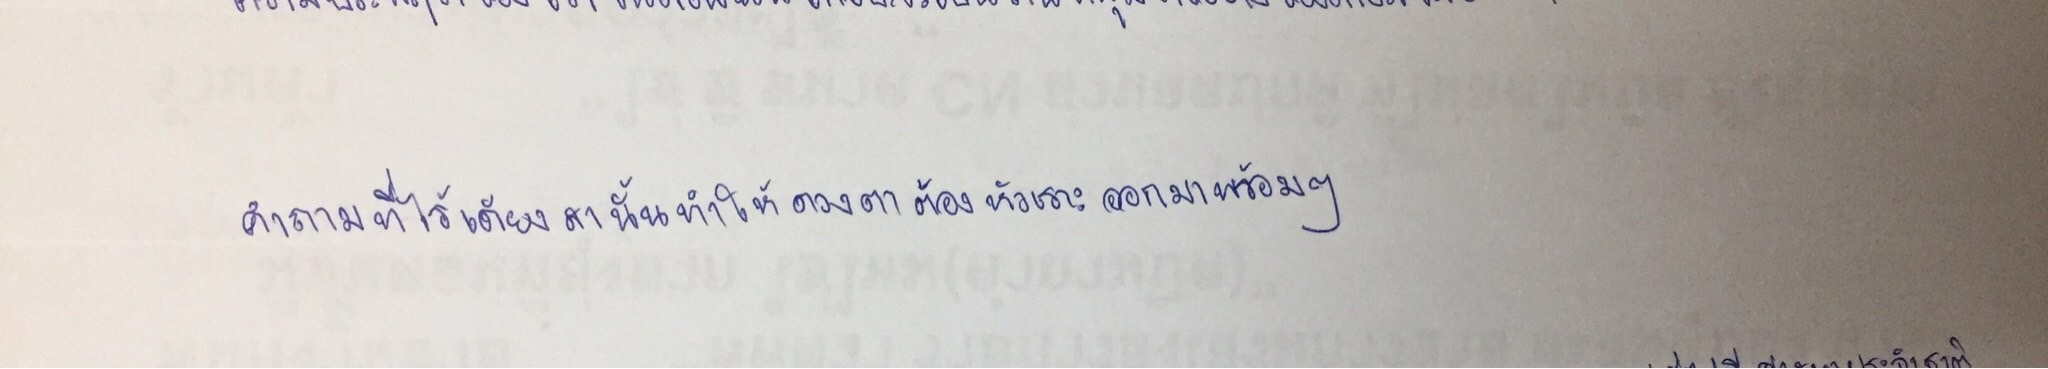
คำถามที่ไร้เดียงสานั้นทำให้ดวงตาต้องหัวเราะออกมาพร้อมๆ